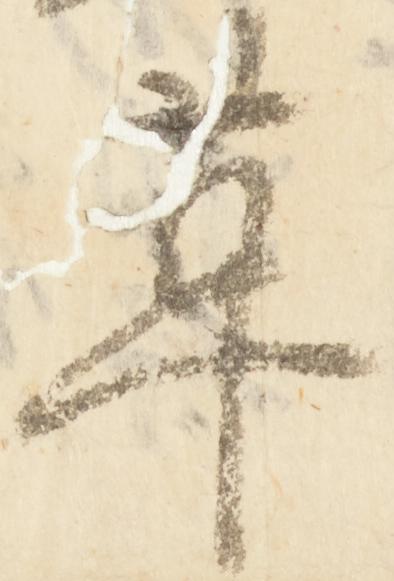
革